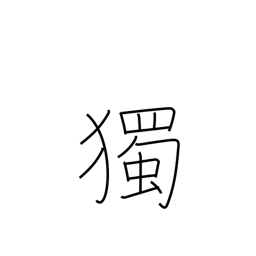
Meaning: spontaneously